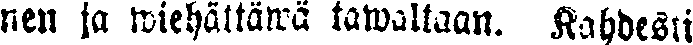
nen ja wiehättäwä tawaltaan. Kahdesti